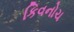
કિવનોચ